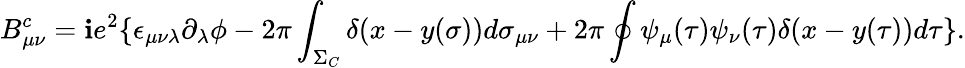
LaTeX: B_{\mu\nu}^{c}=\mathbf{i}e^{2}\{ \epsilon_{\mu\nu\lambda}\partial_{\lambda}\phi-2\pi\int_{\Sigma_{C}}\delta(x-y(\sigma))d\sigma_{\mu\nu}+2\pi\oint\psi_{\mu}(\tau)\psi_{\nu}(\tau)\delta(x-y(\tau))d\tau\} .